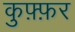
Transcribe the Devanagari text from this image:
कुफ़्फ़र